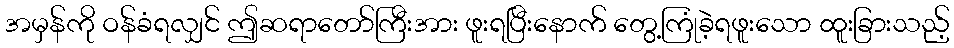
အမှန်ကို ဝန်ခံရလျှင် ဤဆရာတော်ကြီးအား ဖူးရပြီးနောက် တွေ့ကြုံခဲ့ရဖူးသော ထူးခြားသည့်